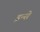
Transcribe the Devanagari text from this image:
इन्से